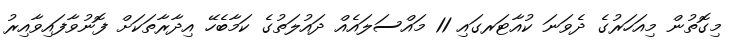
މިގޮތުން މިއަހަރުގެ ދެވަނަ ކުއާޓަރގައި 11 މައްސަލައެއް ދައުލަތުގެ ކަމާބެހޭ އިދާރާތަކަށް ފޮނުވާފައިވާއިރު